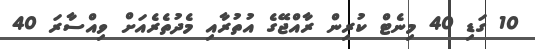
10 ގަޑި 40 މިނެޓް ކުރިން ރާއްޖޭގެ އުތުރާއި މެދުތެރެއަށް ވިއްސާރަ 40